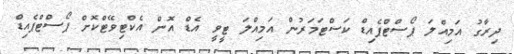
ދިރާގު އަމިއްލަ ޕޯސްޓްޕެއިޑް ކަސްޓަމަރުން އަމިއްލަ ޓީވީ އެޑް އޮން އެކްޓިވޭޓްކޮށް ޕޯސްޓްޕެއިޑް